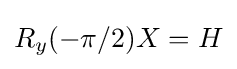
R_{y}(-\pi /2)X=H